Code of medical and sanitary regulations for the guidance of medical officers serving in the Madras Presidency - Volume II
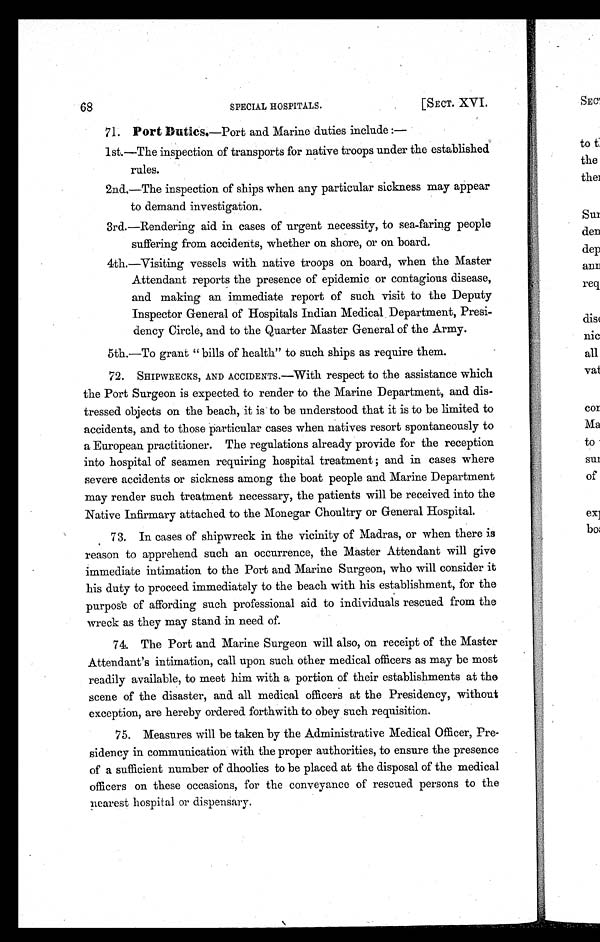
68
SPECIAL HOSPITALS.
[SECT. XVI.
71.
Port Duties.—Port and Marine duties include:
—
1st.—The inspection of transports for native troops under the established
rules.
2nd,—The inspection of ships when any particular sickness may appear
to demand investigation.
3rd.—Rendering aid in cases of urgent necessity, to sea-faring people
suffering from accidents, whether on shore, or on board.
4th.—Visiting vessels with native troops on board, when the Master
Attendant reports the presence of epidemic or contagious disease,
and making an immediate report of such visit to the Deputy
Inspector General of Hospitals Indian Medical Department, Presi-
dency Circle, and to the Quarter Master General of the Army.
5th.—To grant " bills of health" to such ships as require them.
7 2 . S H I P W R E C K S , A N D A C C I D E N T S . — W i t h r e s p e c t t o t h e a s s i s t a n c e w h i c h
the Port Surgeon is expected to render to the Marine Department, and dis-
tressed objects on the beach, it is to be understood that it is to be limited to
accidents, and to those particular cases when natives resort spontaneously to
a European practitioner. The regulations already provide for the reception
into hospital of seamen requiring hospital treatment; and in cases where
severe accidents or sickness among the boat people and Marine Department
may render such treatment necessary, the patients will be received into the
Native Infirmary attached to the Monegar Choultry or General Hospital.
7 3 . I n c a s e s o f s h i p w r e c k i n t h e v i c i n i t y o f M a d r a s , o r w h e n t h e r e i s
reason to apprehend such an occurrence, the Master Attendant will give
immediate intimation to the Port and Marine Surgeon, who will consider it
his duty to proceed immediately to the beach with his establishment, for the
purpose of affording such professional aid to individuals rescued from the
wreck as they may stand in need of.
7 4 . T h e P o r t a n d M a r i n e S u r g e o n w i l l a l s o , o n r e c e i p t o f t h e M a s t e r
Attendant's intimation, call upon such other medical officers as may be most
readily available, to meet him with a portion of their establishments at the
scene of the disaster, and all medical officers at the Presidency, without
exception, are hereby ordered forthwith to obey such requisition.
75. Measures will be taken by the Administrative Medical Officer, Pre-
sidency in communication with the proper authorities, to ensure the presence
of a sufficient number of dhoolies to be placed at the disposal of the medical
officers on these occasions, for the conveyance of rescued persons to the
nearest hospital or dispensary.